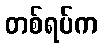
တစ်ရပ်က